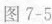
图7-5